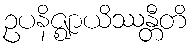
ဥပနိဇ္ဈာယိဿန္တီတိ